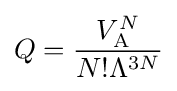
Q={\frac {V_{\mathrm {A} }^{N}}{N!\Lambda ^{3N}}}